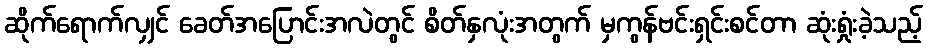
ဆိုက်ရောက်လျှင် ခေတ်အပြောင်းအလဲတွင် စိတ်နှလုံးအတွက် မှကွန်ဗင်းရှင်းစင်တာ ဆုံးရှုံးခဲ့သည့်